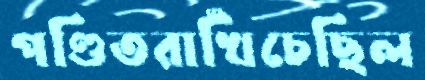
পণ্ডিতরাখিঁচেছিল